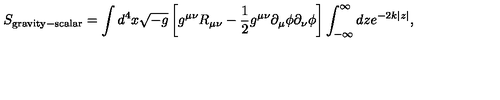
S _ { \mathrm { g r a v i t y - s c a l a r } } = \int d ^ { 4 } { x } \sqrt { - g } \left[ g ^ { \mu \nu } R _ { \mu \nu } - \frac { 1 } { 2 } g ^ { \mu \nu } \partial _ { \mu } \phi \partial _ { \nu } \phi \right] \int _ { - \infty } ^ { \infty } d z e ^ { - 2 k | z | } ,